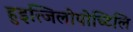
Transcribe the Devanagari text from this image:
हुइत्जिलोपोच्टिलि